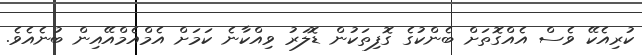
ކުރިއެކޭ ވެސް އެއްގޮތަށް ބެންކުގެ ގޮފިތަކުން ޑޮލަރު ވިއްކާނެ ކަމަށް އެމްއެމްއޭއިން ބުނެއެވެ.